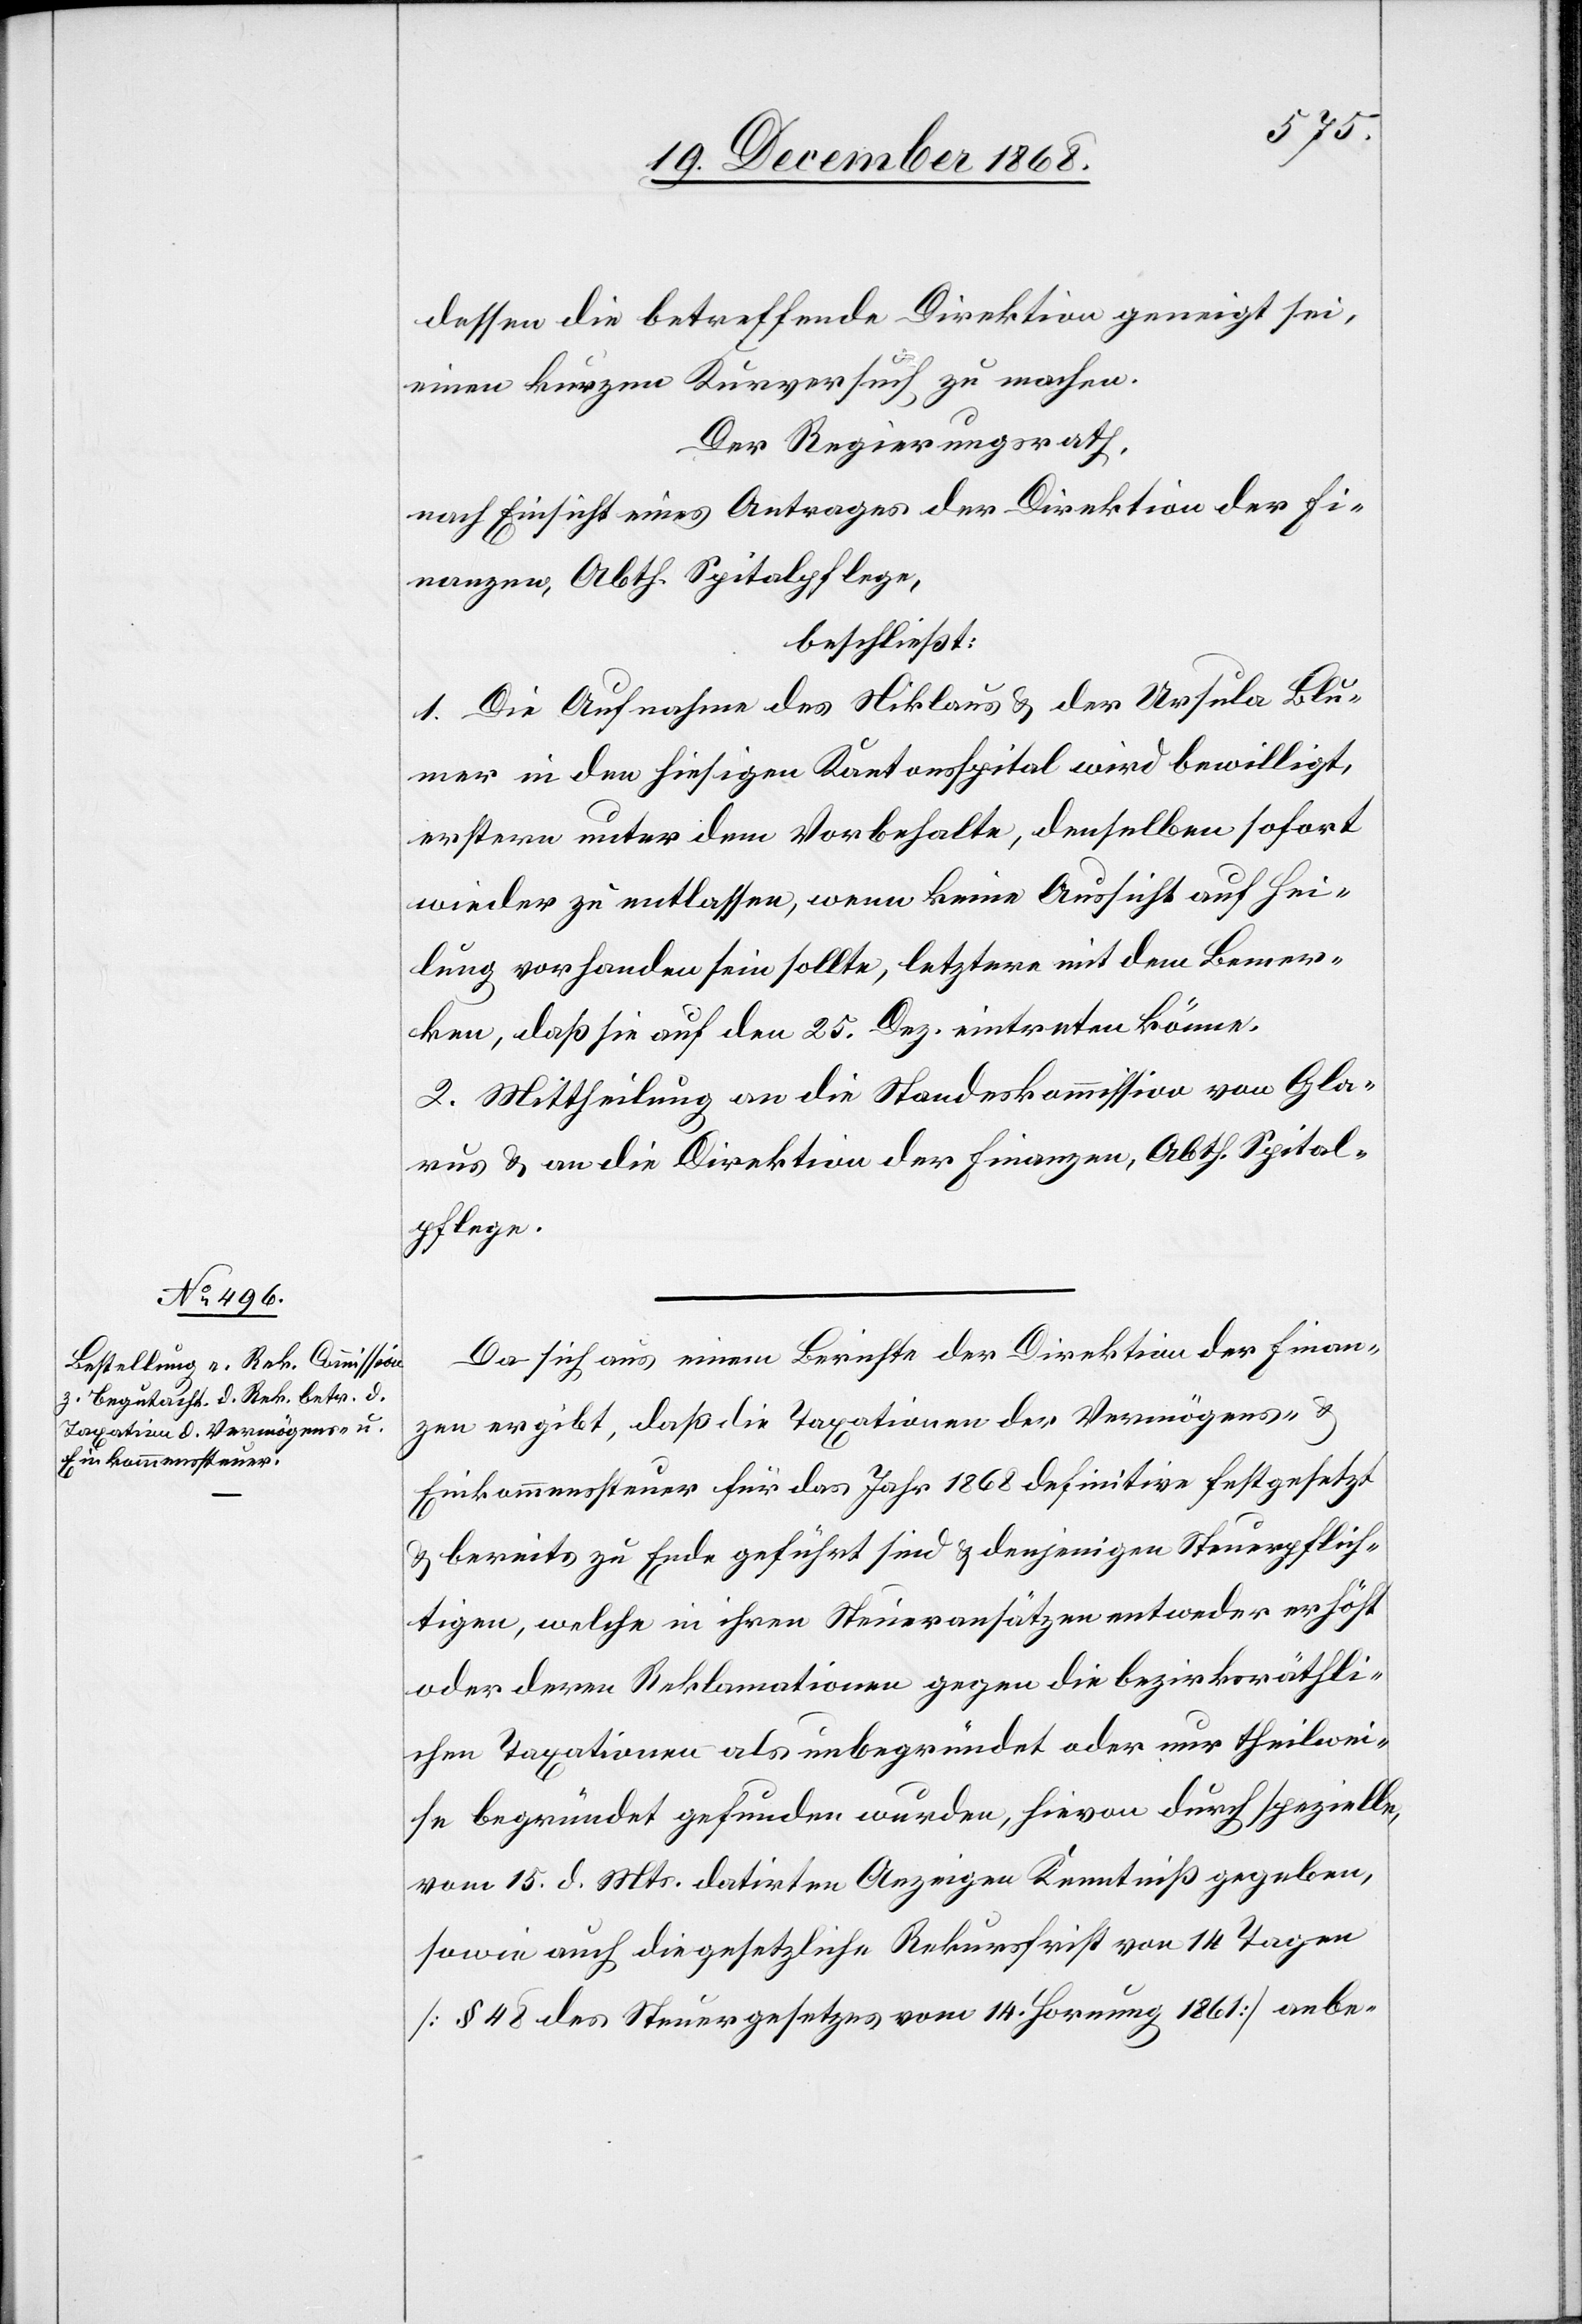
dessen die betreffende Direktion geneigt sei,
einen kurzen Kurversuch zu machen.
Der Regierungsrath,
nach Einsicht eines Antrages der Direktion der Fi¬
nanzen, Abth. Spitalpflege,
beschließt:
1. Die Aufnahme des Niklaus & der Ursula Blu¬
mer in den hiesigen Kantonsspital wird bewilligt,
erstern unter dem Vorbehalte, denselben sofort
wieder zu entlassen, wenn keine Aussicht auf Hei¬
lung vorhanden sein sollte, letztere mit dem Bemer¬
ken, daß sie auf den 25. Dez. eintreten könne.
2. Mittheilung an die Standeskommission von Gla¬
rus & an die Direktion der Finanzen, Abth. Spital¬
pflege.
Da sich aus einem Berichte der Direktion der Finan¬
zen ergibt, daß die Taxationen der Vermögens- &
Einkommenssteuer für das Jahr 1868 definitive festgesetzt
& bereits zu Ende geführt sind & denjenigen Steuerpflich¬
tigen, welche in ihren Steueransätzen entweder erhöht
oder deren Reklamatioen gegen die bezirksräthli¬
chen Taxationen als unbegründet oder nur theilwei¬
se begründet gefunden wurden, hievon durch spezielle,
vom 15. d. Mts. datirten Anzeigen Kenntniß gegeben,
sowie auch die gesetzliche Rekursfrist von 14 Tagen
[§ 48 des Steuergesetzes vom 14. Hornung 1861] anbe-